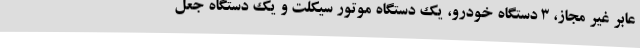
عابر غیر مجاز، 3 دستگاه خودرو، یک دستگاه موتور سیکلت و یک دستگاه جعل